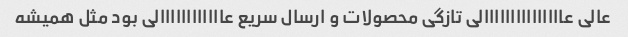
عالی عااااااااااااااالی تازگی محصولات و ارسال سریع عاااااااااااالی بود مثل همیشه